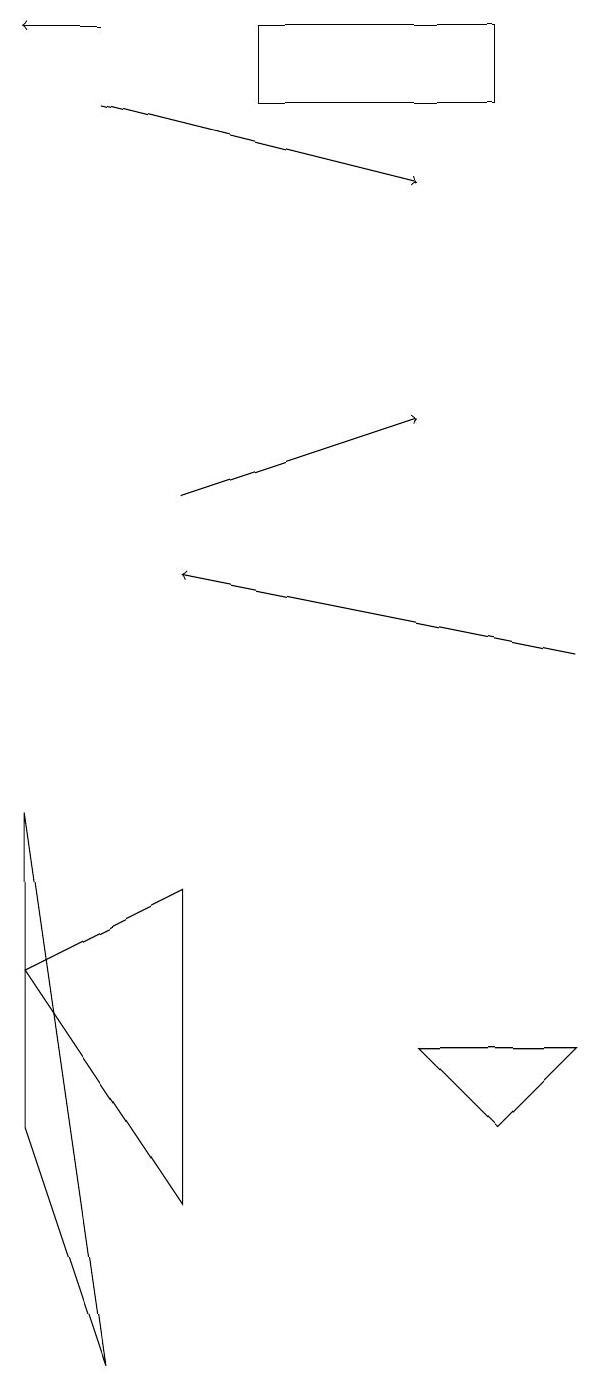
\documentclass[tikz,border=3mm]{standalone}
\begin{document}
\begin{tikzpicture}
\draw (8,6) -- (7,5) -- (6,6) -- cycle;
\draw[->] (3,13) -- (6,14);
\draw[->] (8,11) -- (3,12);
\draw (3,4) -- (3,8) -- (1,7) -- cycle;
\draw[->] (2,18) -- (6,17);
\draw (2,2) -- (1,9) -- (1,5) -- cycle;
\draw (7,18) rectangle (4,19);
\draw[->] (2,19) -- (1,19);
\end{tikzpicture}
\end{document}